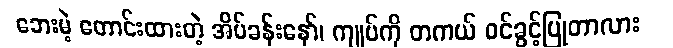
ဘေးမဲ့ တောင်းထားတဲ့ အိပ်ခန်းနော်၊ ကျုပ်ကို တကယ် ဝင်ခွင့်ပြုတာလား